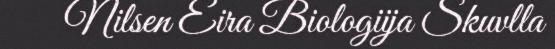
Nilsen Eira Biologiija Skuvlla